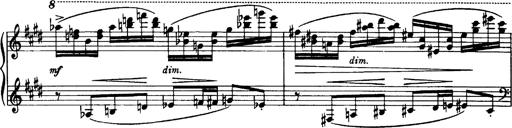
Title: OuvertÃ¼re zu TannhÃ¤user
Composer: Franz Liszt